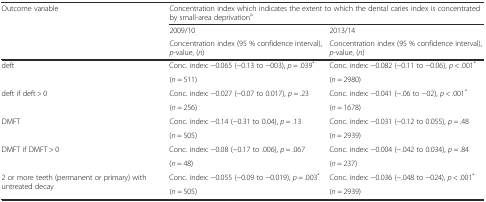
| <ROWSPAN=3> Outcome variable | <COLSPAN=2> Concentration index which indicates the extent to which the dental caries index is concentrated by small-area deprivationa |
 | 2009/10 | 2013/14 |
 | Concentration index (95 % confidence interval), p-value, (n) | Concentration index (95 % confidence interval), p-value, (n) |
 | --- | --- | --- |
 | <ROWSPAN=2> deft | Conc. index: −0.065 (−0.13 to −003), p = .039* | Conc. index: −0.082 (−0.11 to −0.06), p < .001* |
 | (n = 511) | (n = 2980) |
 | <ROWSPAN=2> deft if deft > 0 | Conc. index: −0.027 (−0.07 to 0.017), p = .23 | Conc. index: −0.041 (−.06 to −02), p < .001* |
 | (n = 256) | (n = 1678) |
 | <ROWSPAN=2> DMFT | Conc. index: −0.14 (−0.31 to 0.04), p = .13 | Conc. index: −0.031 (−0.12 to 0.055), p = .48 |
 | (n = 505) | (n = 2939) |
 | <ROWSPAN=2> DMFT if DMFT > 0 | Conc. index: −0.08 (−0.17 to .006), p = .067 | Conc. index: −0.004 (−.042 to 0.034), p = .84 |
 | (n = 48) | (n = 237) |
 | <ROWSPAN=2> 2 or more teeth (permanent or primary) with untreated decay | Conc. index: −0.055 (−0.09 to −0.019), p = .003* | Conc. index: −0.036 (−.048 to −024), p < .001* |
 | (n = 505) | (n = 2939) |